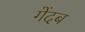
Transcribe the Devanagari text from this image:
गेंदब